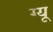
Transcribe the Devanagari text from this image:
ग्यू